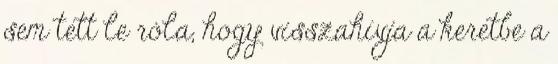
sem tett le róla, hogy visszahívja a keretbe a